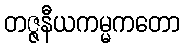
တဇ္ဇနီယကမ္မကတော